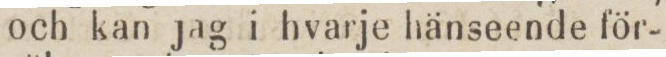
och kan jag i hvarje hänseende för-